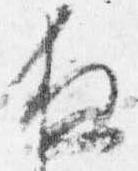
夜